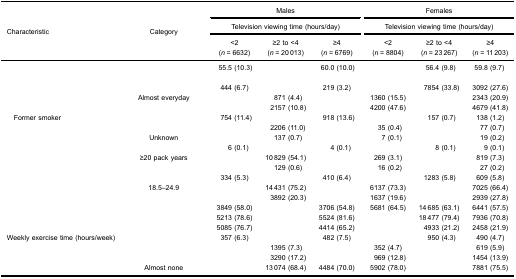
<table><thead><tr><td rowspan="5"><b>Characteristic</b></td><td rowspan="5"><b>Category</b></td><td colspan="3"><b>Males</b></td><td colspan="3"><b>Females</b></td></tr><tr><td colspan="3"><b>Television viewing time (hours/day)</b></td><td colspan="3"><b>Television viewing time (hours/day)</b></td></tr><tr><td><b>&lt;2(<i>n</i> = 6632)</b></td><td><b>≥2 to &lt;4(<i>n</i> = 20 013)</b></td><td><b>≥4(<i>n</i> = 6769)</b></td><td><b>&lt;2(<i>n</i> = 8804)</b></td><td><b>≥2 to &lt;4(<i>n</i> = 23 267)</b></td><td><b>≥4(<i>n</i> = 11 203)</b></td></tr></thead><tbody><tr><td>[EMPTY_CELL]</td><td>[EMPTY_CELL]</td><td>55.5 (10.3)</td><td>[EMPTY_CELL]</td><td>60.0 (10.0)</td><td>[EMPTY_CELL]</td><td>56.4 (9.8)</td><td>59.8 (9.7)</td></tr><tr><td>[EMPTY_CELL]</td><td>[EMPTY_CELL]</td><td>[EMPTY_CELL]</td><td>[EMPTY_CELL]</td><td>[EMPTY_CELL]</td><td>[EMPTY_CELL]</td><td>[EMPTY_CELL]</td><td>[EMPTY_CELL]</td></tr><tr><td rowspan="3">[EMPTY_CELL]</td><td>[EMPTY_CELL]</td><td>444 (6.7)</td><td>[EMPTY_CELL]</td><td>219 (3.2)</td><td>[EMPTY_CELL]</td><td>7854 (33.8)</td><td>3092 (27.6)</td></tr><tr><td>Almost everyday</td><td>[EMPTY_CELL]</td><td>871 (4.4)</td><td>[EMPTY_CELL]</td><td>1360 (15.5)</td><td>[EMPTY_CELL]</td><td>2343 (20.9)</td></tr><tr><td>[EMPTY_CELL]</td><td>[EMPTY_CELL]</td><td>2157 (10.8)</td><td>[EMPTY_CELL]</td><td>4200 (47.6)</td><td>[EMPTY_CELL]</td><td>4679 (41.8)</td></tr><tr><td rowspan="3"> Former smoker</td><td>[EMPTY_CELL]</td><td>754 (11.4)</td><td>[EMPTY_CELL]</td><td>918 (13.6)</td><td>[EMPTY_CELL]</td><td>157 (0.7)</td><td>138 (1.2)</td></tr><tr><td>[EMPTY_CELL]</td><td>[EMPTY_CELL]</td><td>2206 (11.0)</td><td>[EMPTY_CELL]</td><td>35 (0.4)</td><td>[EMPTY_CELL]</td><td>77 (0.7)</td></tr><tr><td>Unknown</td><td>[EMPTY_CELL]</td><td>137 (0.7)</td><td>[EMPTY_CELL]</td><td>7 (0.1)</td><td>[EMPTY_CELL]</td><td>19 (0.2)</td></tr><tr><td rowspan="3">[EMPTY_CELL]</td><td>[EMPTY_CELL]</td><td>6 (0.1)</td><td>[EMPTY_CELL]</td><td>4 (0.1)</td><td>[EMPTY_CELL]</td><td>8 (0.1)</td><td>9 (0.1)</td></tr><tr><td>≥20 pack years</td><td>[EMPTY_CELL]</td><td>10 829 (54.1)</td><td>[EMPTY_CELL]</td><td>269 (3.1)</td><td>[EMPTY_CELL]</td><td>819 (7.3)</td></tr><tr><td>[EMPTY_CELL]</td><td>[EMPTY_CELL]</td><td>129 (0.6)</td><td>[EMPTY_CELL]</td><td>16 (0.2)</td><td>[EMPTY_CELL]</td><td>27 (0.2)</td></tr><tr><td rowspan="3">[EMPTY_CELL]</td><td>[EMPTY_CELL]</td><td>334 (5.3)</td><td>[EMPTY_CELL]</td><td>410 (6.4)</td><td>[EMPTY_CELL]</td><td>1283 (5.8)</td><td>609 (5.8)</td></tr><tr><td>18.5–24.9</td><td>[EMPTY_CELL]</td><td>14 431 (75.2)</td><td>[EMPTY_CELL]</td><td>6137 (73.3)</td><td>[EMPTY_CELL]</td><td>7025 (66.4)</td></tr><tr><td>[EMPTY_CELL]</td><td>[EMPTY_CELL]</td><td>3892 (20.3)</td><td>[EMPTY_CELL]</td><td>1637 (19.6)</td><td>[EMPTY_CELL]</td><td>2939 (27.8)</td></tr><tr><td>[EMPTY_CELL]</td><td>[EMPTY_CELL]</td><td>3849 (58.0)</td><td>[EMPTY_CELL]</td><td>3706 (54.8)</td><td>5681 (64.5)</td><td>14 685 (63.1)</td><td>6441 (57.5)</td></tr><tr><td>[EMPTY_CELL]</td><td>[EMPTY_CELL]</td><td>5213 (78.6)</td><td>[EMPTY_CELL]</td><td>5524 (81.6)</td><td>[EMPTY_CELL]</td><td>18 477 (79.4)</td><td>7936 (70.8)</td></tr><tr><td>[EMPTY_CELL]</td><td>[EMPTY_CELL]</td><td>5085 (76.7)</td><td>[EMPTY_CELL]</td><td>4414 (65.2)</td><td>[EMPTY_CELL]</td><td>4933 (21.2)</td><td>2458 (21.9)</td></tr><tr><td rowspan="4">Weekly exercise time (hours/week)</td><td>[EMPTY_CELL]</td><td>357 (6.3)</td><td>[EMPTY_CELL]</td><td>482 (7.5)</td><td>[EMPTY_CELL]</td><td>950 (4.3)</td><td>490 (4.7)</td></tr><tr><td>[EMPTY_CELL]</td><td>[EMPTY_CELL]</td><td>1395 (7.3)</td><td>[EMPTY_CELL]</td><td>352 (4.7)</td><td>[EMPTY_CELL]</td><td>619 (5.9)</td></tr><tr><td>[EMPTY_CELL]</td><td>[EMPTY_CELL]</td><td>3290 (17.2)</td><td>[EMPTY_CELL]</td><td>969 (12.8)</td><td>[EMPTY_CELL]</td><td>1454 (13.9)</td></tr><tr><td>Almost none</td><td>[EMPTY_CELL]</td><td>13 074 (68.4)</td><td>4484 (70.0)</td><td>5902 (78.0)</td><td>[EMPTY_CELL]</td><td>7881 (75.5)</td></tr></tbody></table>